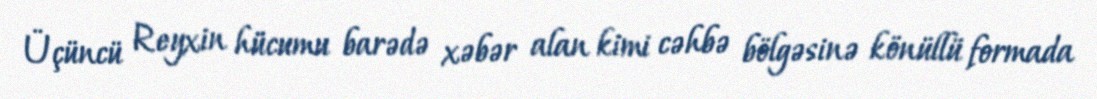
Üçüncü Reyxin hücumu barədə xəbər alan kimi cəhbə bölgəsinə könüllü formada